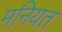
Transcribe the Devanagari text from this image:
मनियत